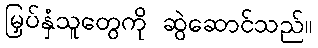
မြှပ်နှံသူတွေကို ဆွဲဆောင်သည်။